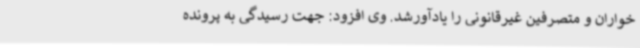
خواران و متصرفین غیرقانونی را یادآورشد. وی افزود: جهت رسیدگی به پرونده